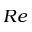
R e